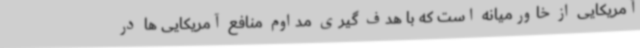
آمریکایی از خاورمیانه است که با هدف گیری مداوم منافع آمریکایی ها در